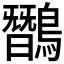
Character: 𪅽